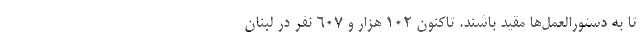
تا به دستورالعمل‌ها مقید باشند. تاکنون ۱۰۲ هزار و ۶۰۷ نفر در لبنان